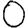
Digit: 0